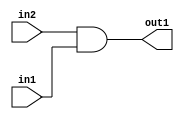
`timescale 1ps / 1ps
/*****************************************************************************
    Verilog RTL Description
    
    
    Created by: Stratus DpOpt 2019.1.01 
*******************************************************************************/

module in_buff_And_1Ux1U_1U_4 (
	in2,
	in1,
	out1
	); /* architecture "behavioural" */ 
input  in2,
	in1;
output  out1;
wire  asc001;

assign asc001 = 
	(in2)
	&(in1);

assign out1 = asc001;
endmodule

/* CADENCE  urfwSAg= : u9/ySgnWtBlWxVPRXgAZ4Og= ** DO NOT EDIT THIS LINE ******/